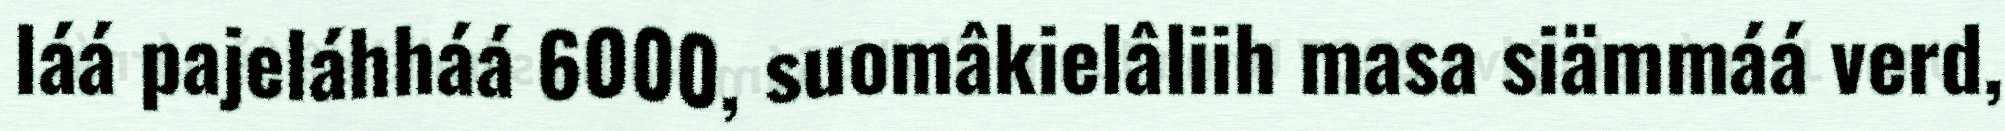
láá pajeláhháá 6000, suomâkielâliih masa siämmáá verd,